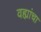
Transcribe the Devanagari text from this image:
वह्यांचा